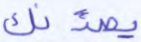
يصدنك